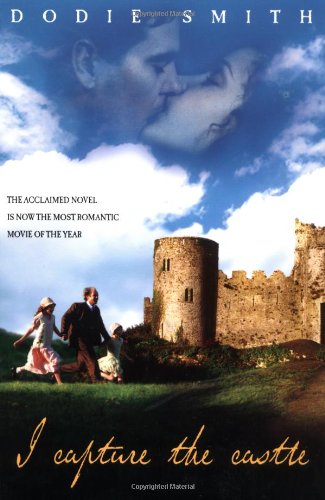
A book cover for I Capture the Castle; Dodie Smith; Literature & Fiction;